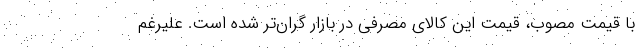
با قیمت مصوب، قیمت این کالای مصرفی در بازار گران‌تر شده است. علیرغم